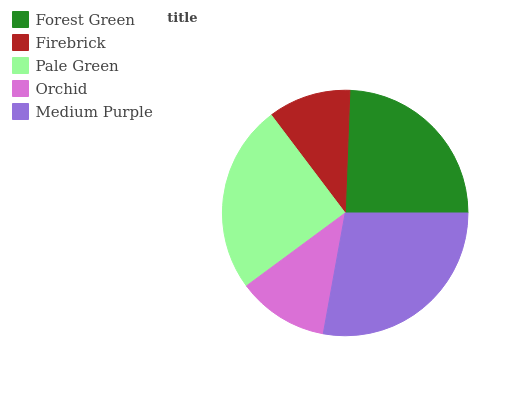
| Forest Green | Firebrick | Pale Green | Orchid | Medium Purple |
 | --- | --- | --- | --- | --- |
 | 24.4% | 10.9% | 24.8% | 12% | 27.9% |